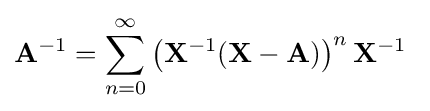
\mathbf {A} ^{-1}=\sum _{n=0}^{\infty }\left(\mathbf {X} ^{-1}(\mathbf {X} -\mathbf {A} )\right)^{n}\mathbf {X} ^{-1}~